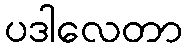
ပဒါလေတာ